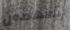
تفهمون